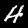
Digit: 4